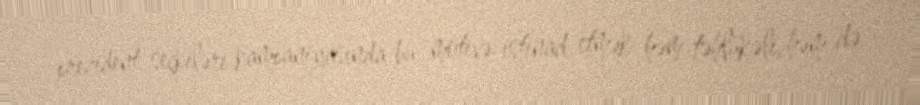
prezident seçkiləri kampaniyasında bu motivə istinad etmək həm təhlükəli, həm də